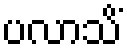
ပလာသိံ